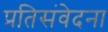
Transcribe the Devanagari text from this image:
प्रतिसंवेदना